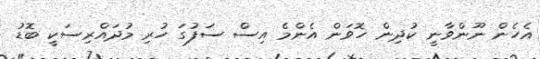
އެހެން ނޫންވާނީ ކުދިން ހޮވަން އެންމެ އިސް ސަފުގަ ހުރި މުދައްރިސަކީ ބޮޑު